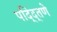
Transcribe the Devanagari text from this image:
पद्द्तिणे